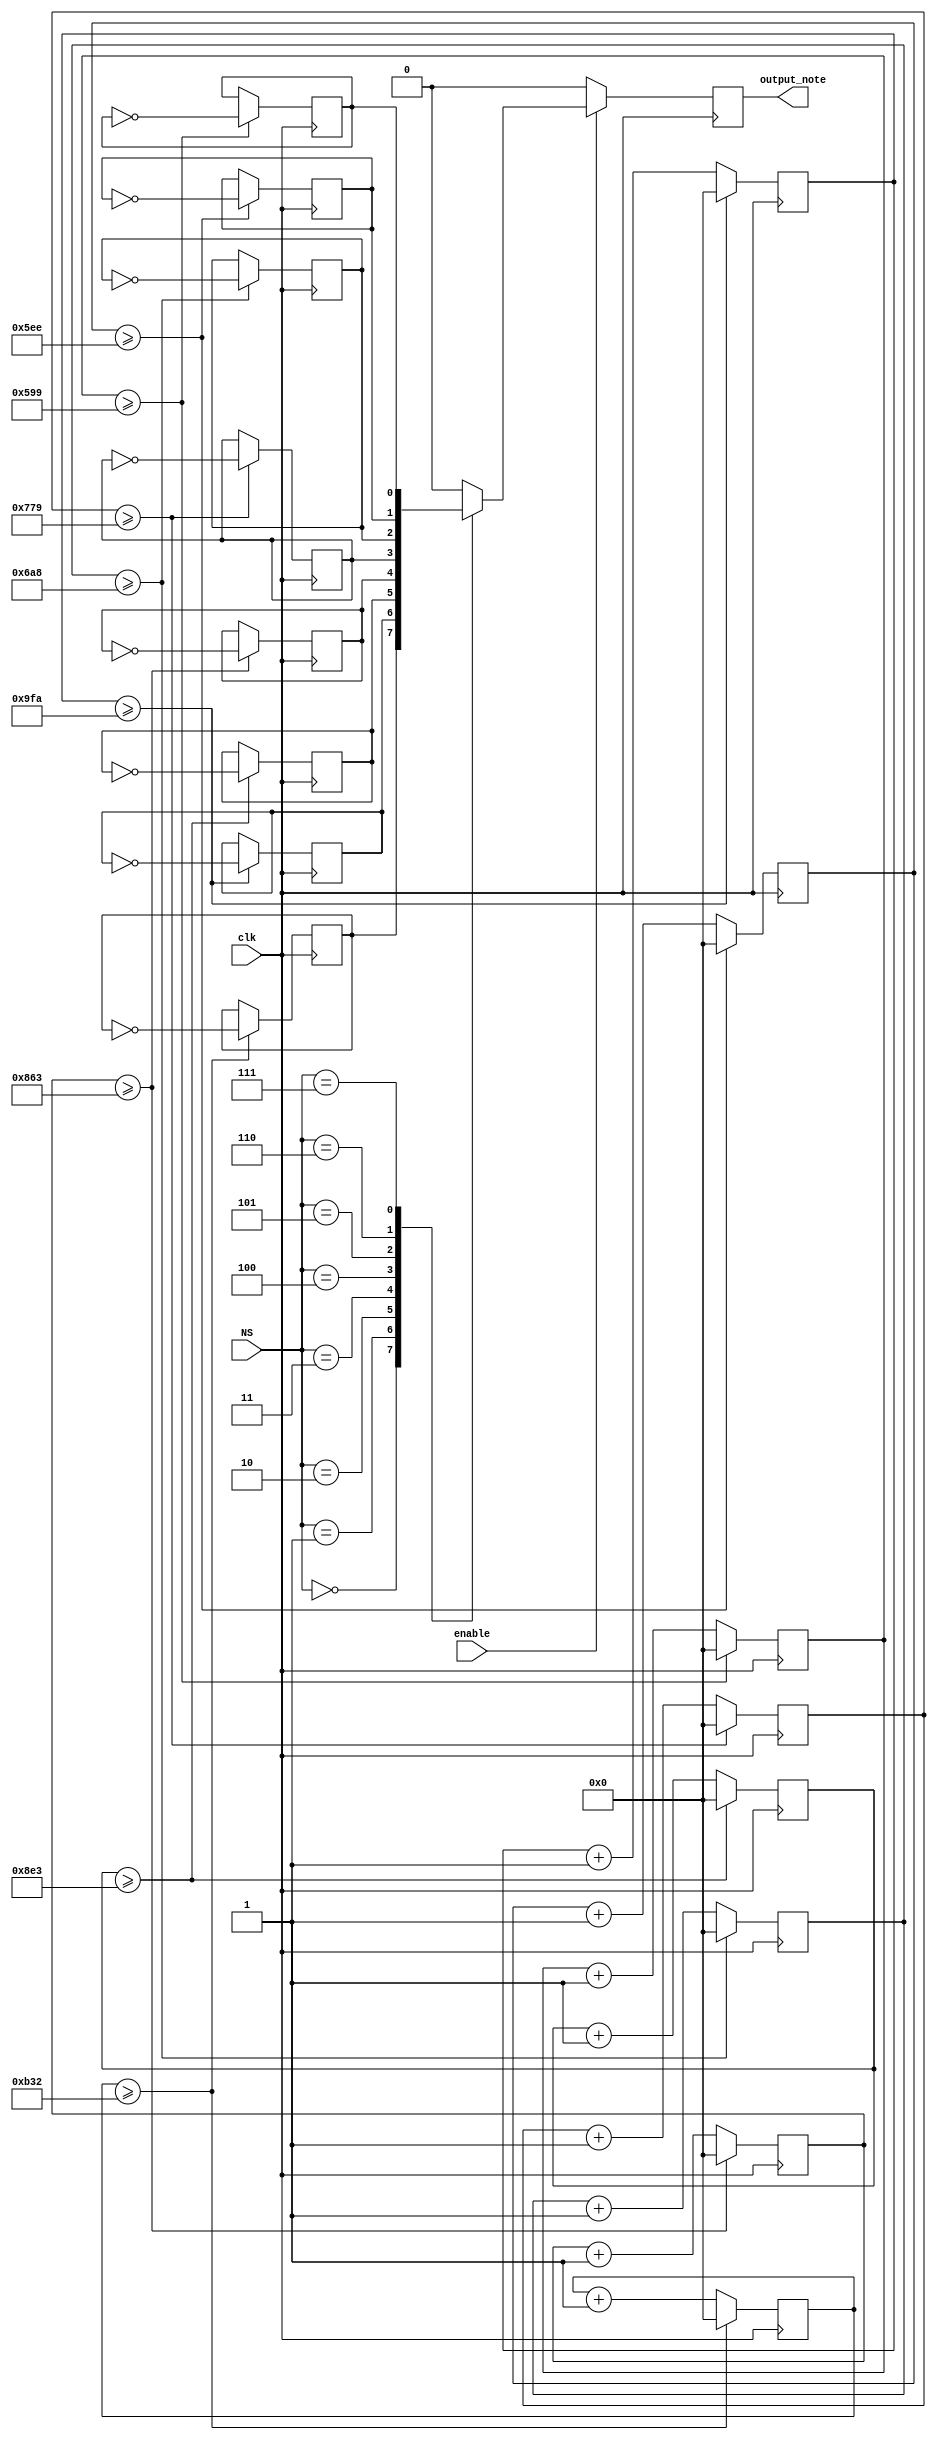
/***
    Programmer: Arash Roshanineshat
***/

`timescale 1ns/1ps

module clk_divider (
    input wire clk,
    input wire [3:0] NS,
    input wire enable,

    output wire output_note
);

    reg output_note_r;

    localparam C_note_divider_value  = 12000000/2093 /2 ;
    localparam D_note_divider_value  = 12000000/2349 /2 ;
    localparam E_note_divider_value  = 12000000/2637 /2;
    localparam F_note_divider_value  = 12000000/2794 /2 ;
    localparam G_note_divider_value  = 12000000/3136 /2 ;
    localparam A_note_divider_value  = 12000000/3520 /2 ;
    localparam B_note_divider_value  = 12000000/3951 /2 ;
    localparam C2_note_divider_value = 12000000/4186 /2 ;

    reg [15:0] C_note_counter;
    reg [15:0] D_note_counter;
    reg [15:0] E_note_counter;
    reg [15:0] F_note_counter;
    reg [15:0] G_note_counter;
    reg [15:0] A_note_counter;
    reg [15:0] B_note_counter;
    reg [15:0] C2_note_counter;

    reg C_note_r;
    reg D_note_r;
    reg E_note_r;
    reg F_note_r;
    reg G_note_r;
    reg A_note_r;
    reg B_note_r;
    reg C2_note_r;

    initial begin
        output_note_r = 0;

        C_note_r = 0;
        D_note_r = 0;
        E_note_r = 0;
        F_note_r = 0;
        G_note_r = 0;
        A_note_r = 0;
        B_note_r = 0;
        C2_note_r = 0;

        C_note_counter  = 0;
        D_note_counter  = 0;
        E_note_counter  = 0;
        F_note_counter  = 0;
        G_note_counter  = 0;
        A_note_counter  = 0;
        B_note_counter  = 0;
        C2_note_counter  = 0;
    end

    always @(posedge clk) begin
        if (C_note_counter >= C_note_divider_value) begin
            C_note_r <= ~C_note_r;
            C_note_counter <= 0;
        end else begin 
            C_note_counter <= C_note_counter + 1;
        end

        if (D_note_counter >= D_note_divider_value) begin
            D_note_r <= ~D_note_r;
            D_note_counter <= 0;
        end else begin 
            D_note_counter <= D_note_counter + 1;
        end

        if (E_note_counter >= E_note_divider_value) begin
            E_note_r <= ~E_note_r;
            E_note_counter <= 0;
        end else begin 
            E_note_counter <= E_note_counter + 1;
        end

        if (F_note_counter >= F_note_divider_value) begin
            F_note_r <= ~F_note_r;
            F_note_counter <= 0;
        end else begin 
            F_note_counter <= F_note_counter + 1;
        end

        if (G_note_counter >= G_note_divider_value) begin
            G_note_r <= ~G_note_r;
            G_note_counter <= 0;
        end else begin 
            G_note_counter <= G_note_counter + 1;
        end

        if (A_note_counter >= A_note_divider_value) begin
            A_note_r <= ~A_note_r;
            A_note_counter <= 0;
        end else begin 
            A_note_counter <= A_note_counter + 1;
        end

        if (B_note_counter >= B_note_divider_value) begin
            B_note_r <= ~B_note_r;
            B_note_counter <= 0;
        end else begin 
            B_note_counter <= B_note_counter + 1;
        end

        if (C2_note_counter >= C2_note_divider_value) begin
            C2_note_r <= ~C2_note_r;
            C2_note_counter <= 0;
        end else begin 
            C2_note_counter <= C2_note_counter + 1;
        end
    end
    
    always @(posedge clk) begin
        if (enable == 1) begin
            case (NS)
                0: begin
                    output_note_r <= C_note_r;
                end
                1: begin
                    output_note_r <= D_note_r;
                end
                2: begin
                    output_note_r <= E_note_r;
                end
                3: begin
                    output_note_r <= F_note_r;
                end
                4: begin
                    output_note_r <= G_note_r;
                end
                5: begin
                    output_note_r <= A_note_r;
                end
                6: begin
                    output_note_r <= B_note_r;
                end
                7: begin
                    output_note_r <= C2_note_r;
                end
                default: begin
                    output_note_r <= 0;
                end
            endcase
        end else begin 
            output_note_r <= 0;
        end
    end

    assign output_note = output_note_r;

endmodule